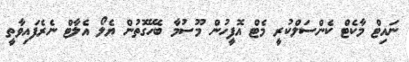
ނައިޓް މާކެޓް ކެންސަލްކުރީ މެޓް އޮފީހުން މޫސުމާ ބެހޭގޮތުން ޔެލޯ އެލާޓް ނެރެފައިވާތީ